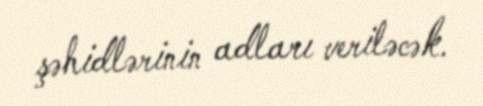
şəhidlərinin adları veriləcək.